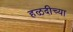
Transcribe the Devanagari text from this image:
हळदीच्या